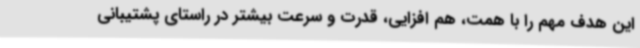
این هدف مهم را با همت، هم افزایی، قدرت و سرعت بیشتر در راستای پشتیبانی